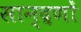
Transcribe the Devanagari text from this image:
सान्द्रणों